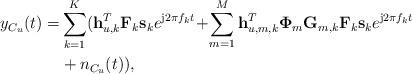
LaTeX: \begin{align*} {y}_{C_u}(t)= & \sum_{k=1}^{K}({\bf h}_{u,k}^T{\bf F}_k{\bf s}_ke^{\mathrm{j} 2\pi{f_k}t}\!+\!\sum_{m=1}^{M}{\bf h}_{u,m,k}^T{\bf\Phi}_m{\bf G}_{m,k}{\bf F}_k {\bf s}_ke^{\mathrm{j}2\pi{f_k}t} \\ & +n_{C_u}(t)),\end{align*}